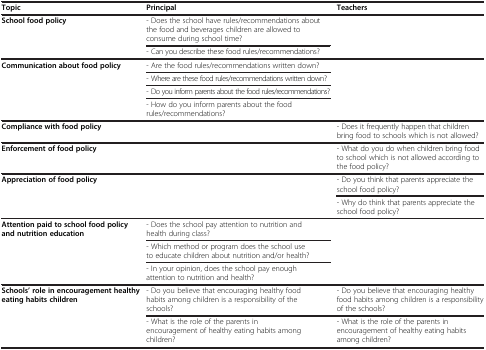
<table><thead><tr><td><b>Topic</b></td><td><b>Principal</b></td><td><b>Teachers</b></td></tr></thead><tbody><tr><td><b>School food policy</b></td><td>- Does the school have rules/recommendations about the food and beverages children are allowed to consume during school time?</td><td> </td></tr><tr><td> </td><td>- Can you describe these food rules/recommendations?</td><td> </td></tr><tr><td><b>Communication about food policy</b></td><td>- Are the food rules/recommendations written down?</td><td> </td></tr><tr><td> </td><td>- Where are these food rules/recommendations written down?</td><td> </td></tr><tr><td> </td><td>- Do you inform parents about the food rules/recommendations?</td><td> </td></tr><tr><td> </td><td>- How do you inform parents about the food rules/recommendations?</td><td> </td></tr><tr><td><b>Compliance with food policy</b></td><td> </td><td>- Does it frequently happen that children bring food to schools which is not allowed?</td></tr><tr><td><b>Enforcement of food policy</b></td><td> </td><td>- What do you do when children bring food to school which is not allowed according to the food policy?</td></tr><tr><td><b>Appreciation of food policy</b></td><td> </td><td>- Do you think that parents appreciate the school food policy?</td></tr><tr><td> </td><td> </td><td>- Why do think that parents appreciate the school food policy?</td></tr><tr><td><b>Attention paid to school food policy and nutrition education</b></td><td>- Does the school pay attention to nutrition and health during class?</td><td> </td></tr><tr><td> </td><td>- Which method or program does the school use to educate children about nutrition and/or health?</td><td> </td></tr><tr><td> </td><td>- In your opinion, does the school pay enough attention to nutrition and health?</td><td> </td></tr><tr><td><b>Schools’ role in encouragement healthy eating habits children</b></td><td>- Do you believe that encouraging healthy food habits among children is a responsibility of the schools?</td><td>- Do you believe that encouraging healthy food habits among children is a responsibility of the schools?</td></tr><tr><td> </td><td>- What is the role of the parents in encouragement of healthy eating habits among children?</td><td>- What is the role of the parents in encouragement of healthy eating habits among children?</td></tr></tbody></table>